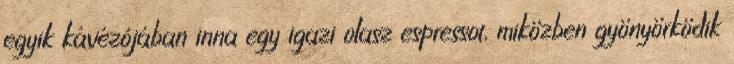
egyik kávézójában inna egy igazi olasz espressot, miközben gyönyörködik